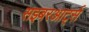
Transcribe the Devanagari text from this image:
सइबरआर्ट्स